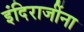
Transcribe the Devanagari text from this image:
इंदिराजींना